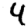
Digit: 4